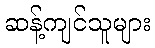
ဆန့်ကျင်သူများ